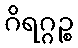
ဂိရဂ္ဂဉ္စ